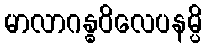
မာလာဂန္ဓဝိလေပနမ္ပိ